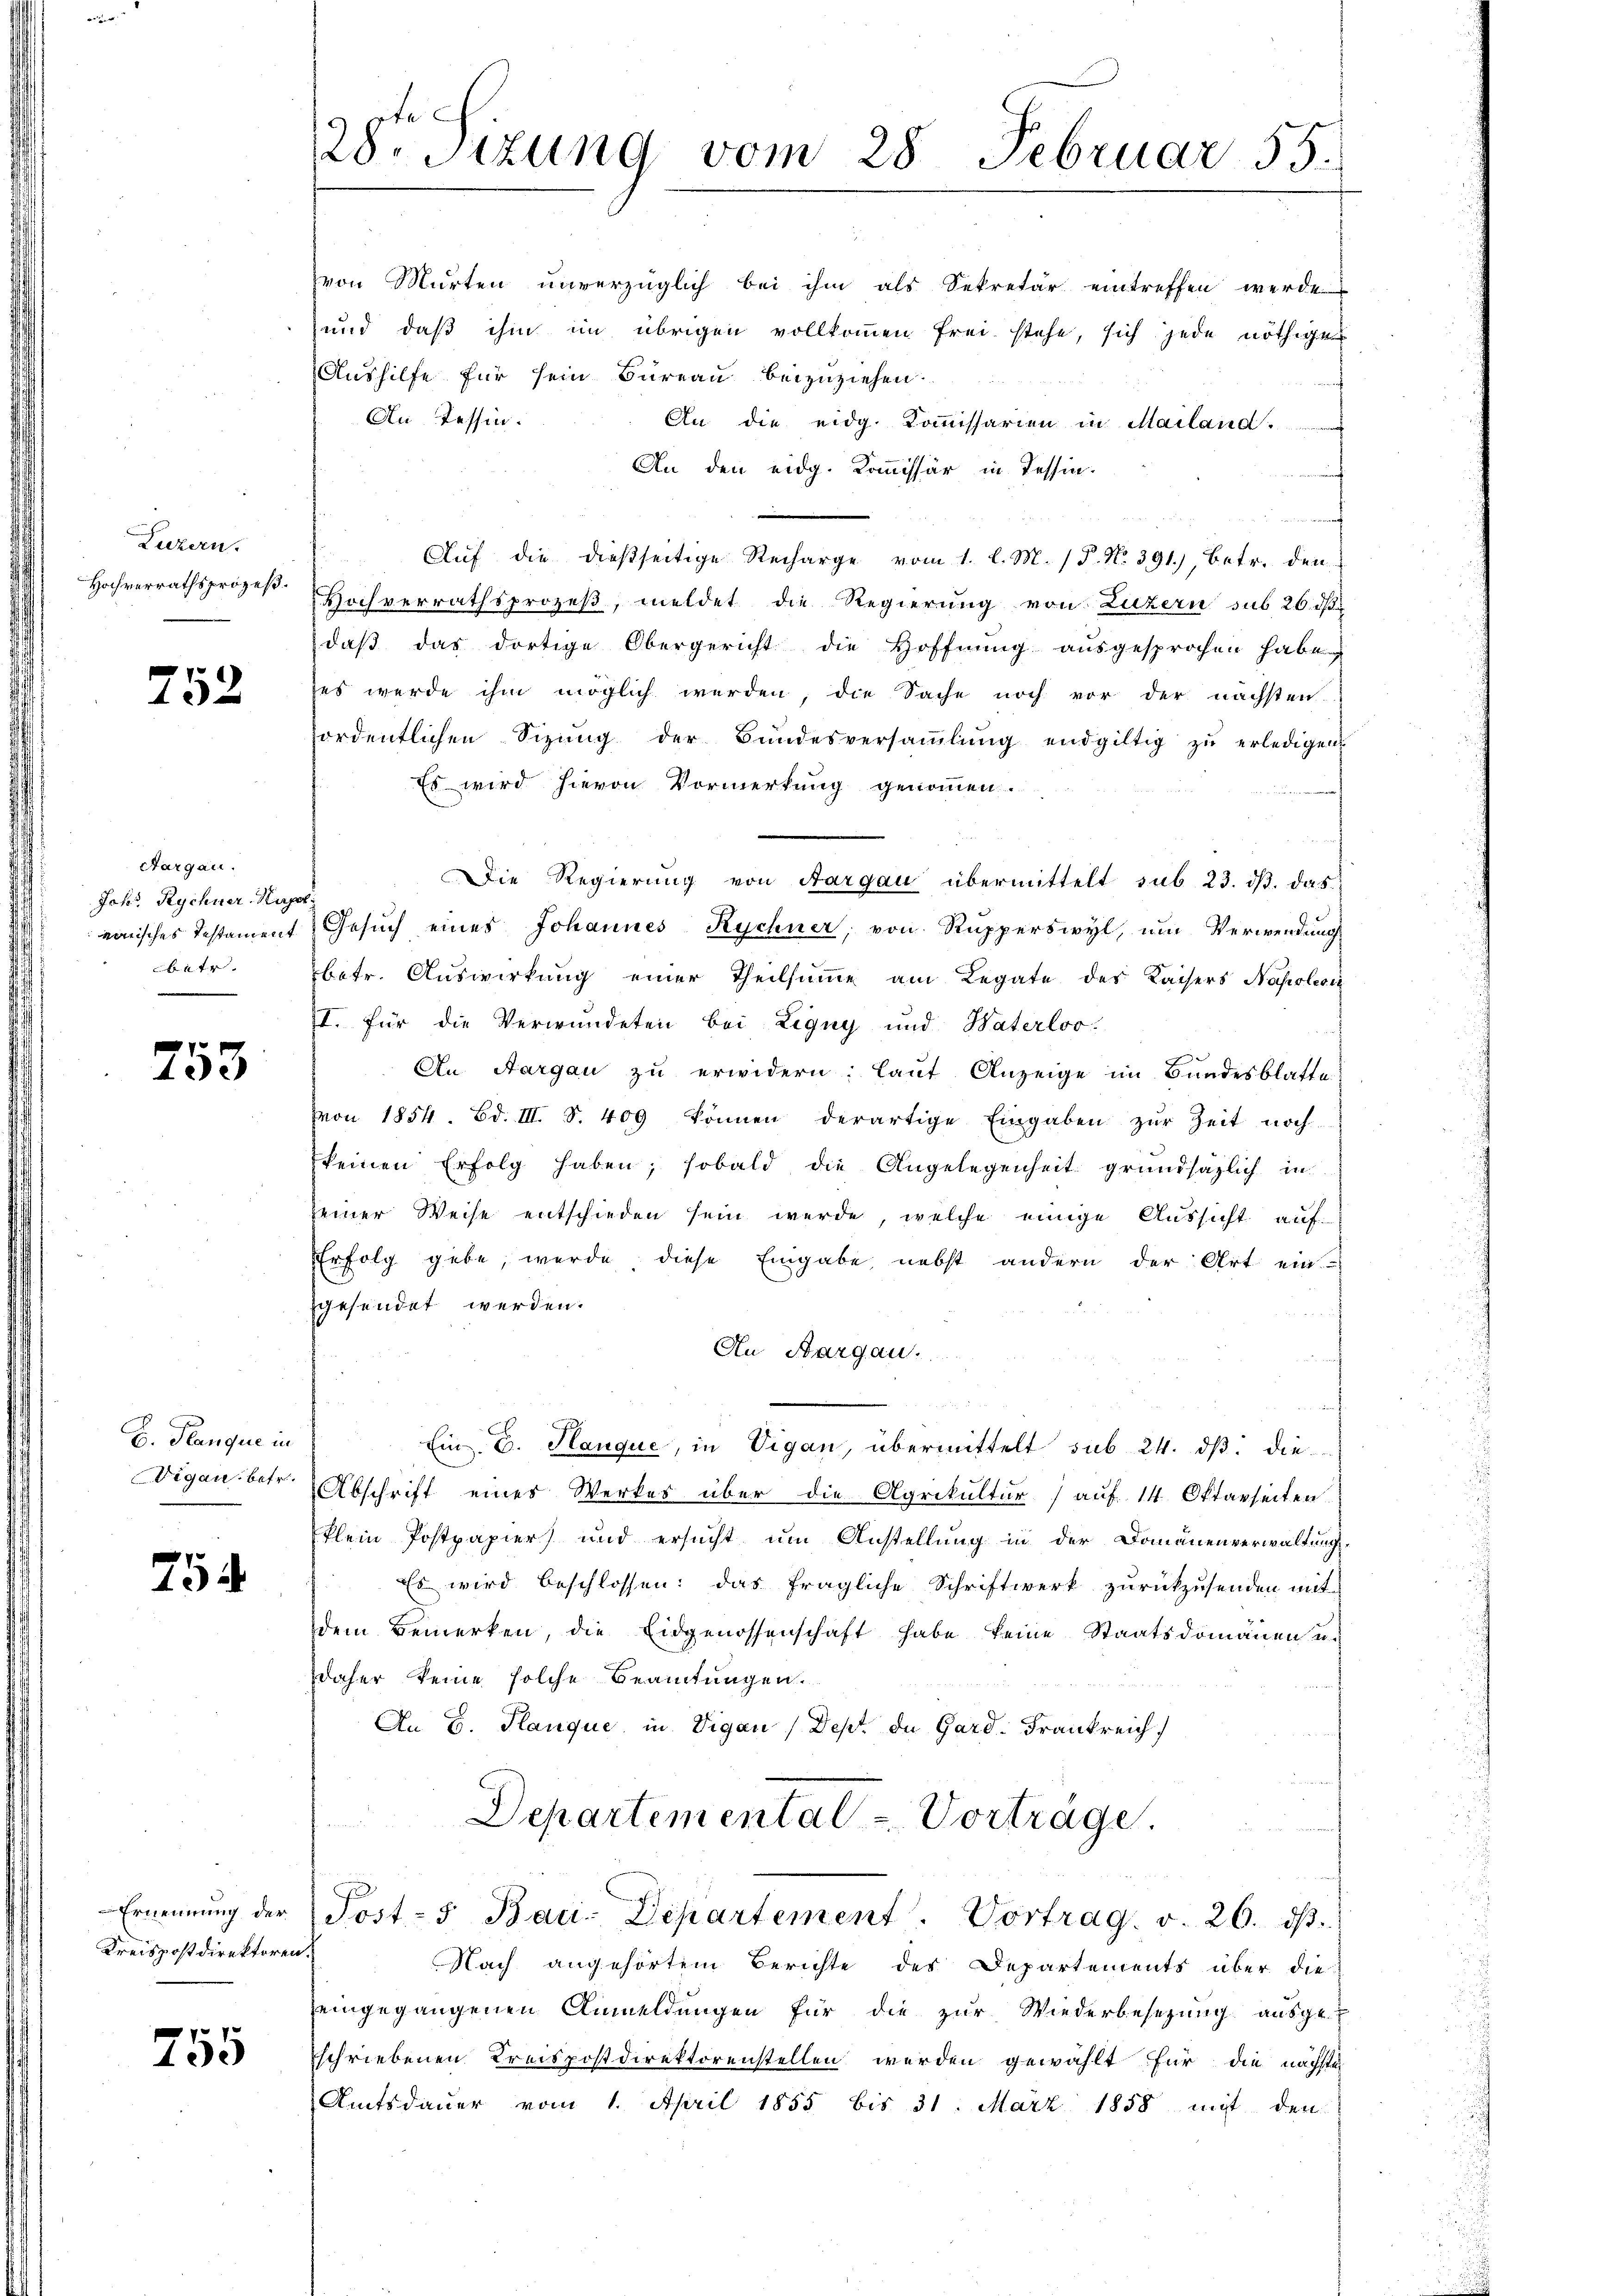
Luzern.
Hochverrathsprozeß.

752

Aargau.
Johs. Rychner, Hage
minisches Testament
t

753

B. Planque in
Digau betr.

75

Ernennung der
Kreispostdirektoren.

755

28. Sitzung vom 28. Februar 55.

von Murten unverzüglich bei ihm als Sekretär eintreffen werde.
und daß ihm im übrigen vollkommen frei stehe, sich jede nöthigen
Aushilfe für sein Bureau beizuziehen.
An Tessin.
An die eidg. Kommissarien in Mailand
An den eidg. Kommissär in Tessin.
f
Aŭf die dießseitige Recharge vom 1. l. M. P. No. 391.), betr. den
Hochverrathsprozeß, meldet die Regierung von Luzern sub 26. ds.
daβ das dortige Obergericht die Hoffnŭng ausgesprochen habe
zes werde ihm möglich werden, die Sache noch vor der nächsten.
ordentlichen Sizŭng der Bŭndesversaṁlŭng endgültig zŭ erledigen
Es wird hievon Vormerkung genommen.
Die Regierung von Aargau übermittelt sub 23. ds. das
Gesŭch eines Johannes Rychner, von Rupperswyl, um Verwendung
betr. Auswirkung einer Theilsumme am Legate des Kaisers Napoleon
I. für die Verwundeten bei Ligny und Waterloo
An Aargau zu erwidern; laut Anzeige im Bundesblatte
von 1854. Bd. III. S. 409 können derartige Eingaben zŭr Zeit noch
keinen Erfolg haben; sobald die Angelegenheit grundsätzlich in
einer Weise entschieden sein werde, welche einige Aussicht auf
Erfolg gebe, werde diese Eingabe, nebst andern der Art ein
gesendet werden.
An Aargau.
e
Ein. E. Hauque, in Vigan, übermittelt sub 24. dß. die
Abschrift eines Werkes über die Agrikultur (auf 14 Oktarseiten.
klein Postpapier) und ersucht um Anstellung in der Domänenverwaltung
Es wird beschlossen: das fragliche Schriftwerk zurückzusenden mit
dem Bemerken, die Eidgenossenschaft habe keine Staatsdomänen u.
daher keine solche Beamtungen.
An B. Planque in Vigan/Dept. de Gard: Frankreich
Departemental - Vorträge.
Post-5 Bau-Departement. Vortrag. v. 26. dβ.
Nach angehörtem Berichte des Departements über die
zeingegangenen Anmeldungen für die zur Wiederbesezung ausge-
schriebenen Kreispostdirektorenstellen werden gewählt für die nächste
Amtsdauer vom 1. April 1855 bis 31. März 1888 mit den